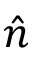
\hat { n }